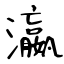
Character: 瀛